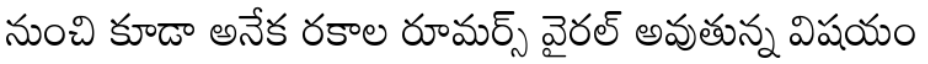
నుంచి కూడా అనేక రకాల రూమర్స్ వైరల్ అవుతున్న విషయం